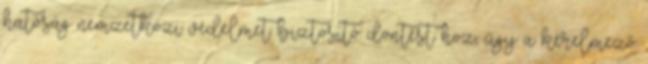
hatóság nemzetközi védelmet biztosító döntést hoz, úgy a kérelmező